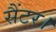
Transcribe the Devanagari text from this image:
सैंटर।